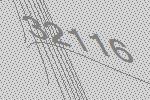
32116